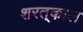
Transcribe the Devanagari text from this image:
शरत्‌काल